Indian journal of veterinary science and animal husbandry - Volume 10,
Year: 1940
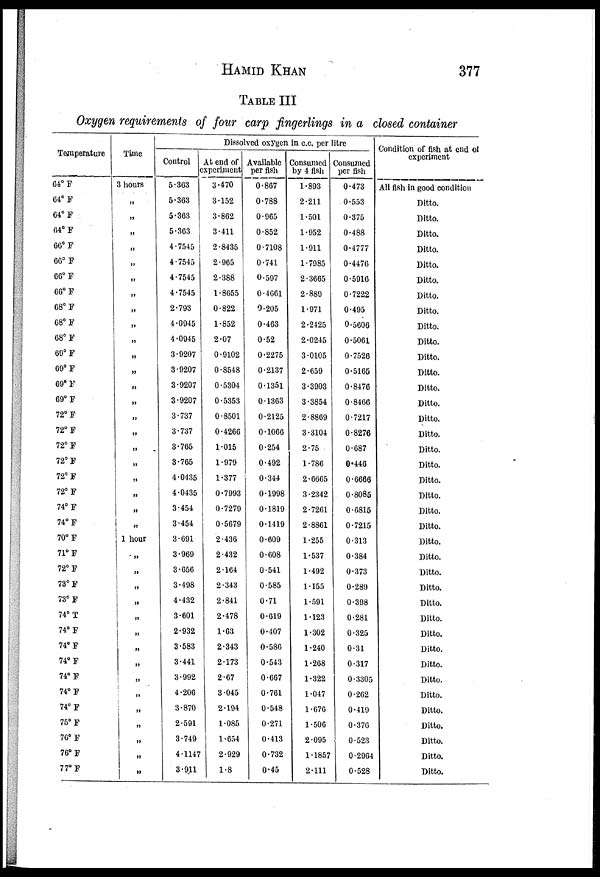
HAMID
KHAN
377
TABLE III
Oxygen requirements of four carp fingerlings in a closed container
Temperature
64° F
64° F
64° F
64° F
66° F
66°F
66° F
66° F
68° F
68° F
68°F
69° F
69° F
69° F
69° F
72° F
72° F
72° F
72° F
72° F
72° F
74° F
74° F
70° F
71° F
72° F
73° F
73° F
74° T
74° F
74° F
74° F
74° F
74° F
74° F
75° F
76° F
76° F
77° F
Time
3 hours
„
„
„
„
„
„
„
„
„
„
„
„
„
„
„
„
„
„
„
„
„
„
1 hour
„
„
„
„
„
„
„
„
„
„
„
„
„
„
„
Dissolved oxygen in c.c. per litre
Control
5.363
5.363
5.363
5.363
4.7545
4.7545
4.7545
4.7545
2.793
4.0945
4.0945
3.9207
3.9207
3.9207
3.9207
3.737
3.737
3.765
3.765
4.0435
4.0435
3.454
3.454
3.691
3.969
3.656
3.498
4.432
3.601
2.932
3.583
3.441
3.992
4.206
3.870
2.591
3.749
4.1147
3.911
At end of
experiment
3.470
3.152
3.862
3.411
2.8435
2.965
2.388
1.8655
0.822
1.852
2.07
0.9102
0.8548
0.5304
0.5353
0.8501
0.4266
1.015
1.979
1.377
0.7993
0.7279
0.5679
2.436
2.432
2.164
2.343
2.841
2.478
1.63
2.343
2.173
2.67
3.045
2.194
1.085
1.654
2.929
1.8
Available
per fish
0.867
0.788
0.965
0.852
0.7108
0.741
0.597
0.4661
0.205
0.463
0.52
0.2275
0.2137
0.1351
0.1363
0.2125
0.1066
0.254
0.492
0.344
0.1998
0.1819
0.1419
0.609
0.608
0.541
0.585
0.71
0.619
0.407
0.586
0.543
0.667
0.761
0.548
0.271
0.413
0.732
0.45
Consumed
by 4 fish
1.893
2.211
1.501
1.952
1.911
1.7985
2.3665
2.889
1.971
2.2425
2.0245
3.0105
2.659
3.3903
3.3854
2.8869
3.3104
2.75
1.786
2.6665
3.2342
2.7261
2.8861
1.255
1.537
1.492
1.155
1.591
1.123
1.302
1.240
1.268
1.322
1.047
1.676
1.506
2.095
1.1857
2.111
Consumed
per fish
0.473
0.553
0.375
0.488
0.4777
0.4476
0.5916
0.7222
0.495
0.5606
0.5061
0.7526
0.5165
0.8476
0.8466
0.7217
0.8276
0.687
0.446
0.6666
0.8085
0.6815
0.7215
0.313
0.384
0.373
0.289
0.398
0.281
0.325
0.31
0.317
0.3305
0.262
0.419
0.376
0.523
0.2964
0.528
Condition of fish at end of
experiment
All fish in good condition
Ditto.
Ditto.
Ditto.
Ditto.
Ditto.
Ditto.
Ditto.
Ditto.
Ditto.
Ditto.
Ditto.
Ditto.
Ditto.
Ditto.
Ditto.
Ditto.
Ditto.
Ditto.
Ditto.
Ditto.
Ditto.
Ditto.
Ditto.
Ditto.
Ditto.
Ditto.
Ditto.
Ditto.
Ditto.
Ditto.
Ditto.
Ditto.
Ditto.
Ditto.
Ditto.
Ditto.
Ditto.
Ditto.